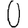
Digit: 0